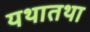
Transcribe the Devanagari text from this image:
यथातथा